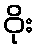
ဝိုး